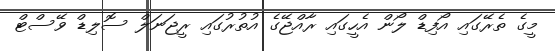
މީގެ ތެރޭގައި އޯފިޑް ލޯން އެހީގައި ރާއްޖޭގެ އުތުރުގައި ރީޖަނަލް ސޮލިޑް ވޭސްޓް